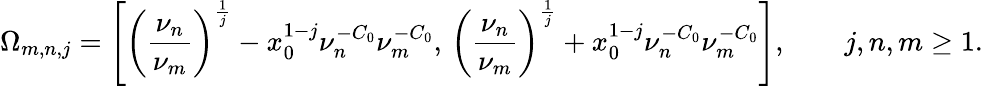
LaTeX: \Omega_{m,n,j}=\left[\left(\frac{\nu_{n}}{\nu_{m}}\right)^{\frac{1}{j}}-x_{0}^{1-j}\nu_{n}^{-C_{0}}\nu_{m}^{-C_{0}},\, \left(\frac{\nu_{n}}{\nu_{m}}\right)^{\frac{1}{j}}+x_{0}^{1-j}\nu_{n}^{-C_{0}}\nu_{m}^{-C_{0}}\right],\qquad j,n,m\geq 1.